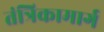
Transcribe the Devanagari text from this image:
तंत्रिकामार्ग